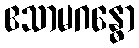
ဧသာမဂန္ဓော